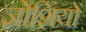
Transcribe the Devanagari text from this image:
जोशियों